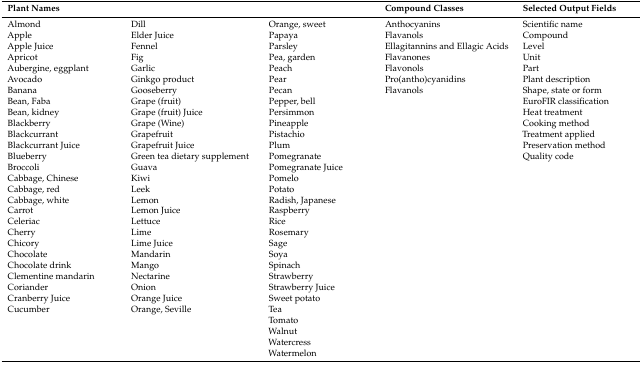
| <COLSPAN=3> Plant Names | Compound Classes | Selected Output Fields |
 | --- | --- | --- | --- | --- |
 | AlmondAppleApple JuiceApricotAubergine, eggplantAvocadoBananaBean, FabaBean, kidneyBlackberryBlackcurrantBlackcurrant JuiceBlueberryBroccoliCabbage, ChineseCabbage, redCabbage, whiteCarrotCeleriacCherryChicoryChocolateChocolate drinkClementine mandarinCorianderCranberry JuiceCucumber | DillElder JuiceFennelFigGarlicGinkgo productGooseberryGrape (fruit)Grape (fruit) JuiceGrape (Wine)GrapefruitGrapefruit JuiceGreen tea dietary supplementGuavaKiwiLeekLemonLemon JuiceLettuceLimeLime JuiceMandarinMangoNectarineOnionOrange JuiceOrange, Seville | Orange, sweetPapayaParsleyPea, gardenPeachPearPecanPepper, bellPersimmonPineapplePistachioPlumPomegranatePomegranate JuicePomeloPotatoRadish, JapaneseRaspberryRiceRosemarySageSoyaSpinachStrawberryStrawberry JuiceSweet potatoTeaTomatoWalnutWatercressWatermelon | AnthocyaninsFlavanolsEllagitannins and Ellagic AcidsFlavanonesFlavonolsPro(antho)cyanidinsFlavanols | Scientific nameCompoundLevelUnitPartPlant descriptionShape, state or formEuroFIR classificationHeat treatmentCooking methodTreatment appliedPreservation methodQuality code |